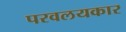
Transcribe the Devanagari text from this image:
परवलयकार